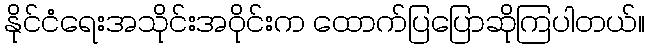
နိုင်ငံရေးအသိုင်းအဝိုင်းက ထောက်ပြပြောဆိုကြပါတယ်။